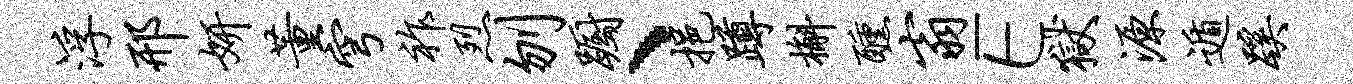
浮邢妍董穹祚烈刎蹰、挹蹲槲醺翁E狱源遁蹊